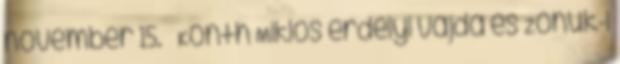
november 15. – Konth Miklós erdélyi vajda és Zonuk-i